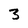
Character: 3